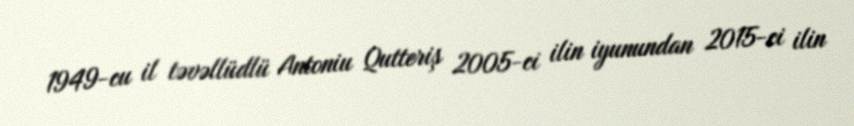
1949-cu il təvəllüdlü Antoniu Qutteriş 2005-ci ilin iyunundan 2015-ci ilin